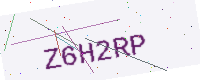
Text: Z6H2RP